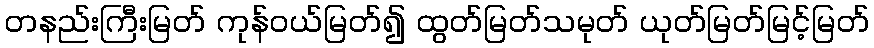
တနည်းကြီးမြတ် ကုန်ဝယ်မြတ်၍ ထွတ်မြတ်သမုတ် ယုတ်မြတ်မြင့်မြတ်